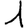
Digit: 1